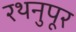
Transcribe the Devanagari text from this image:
रथनुपूर